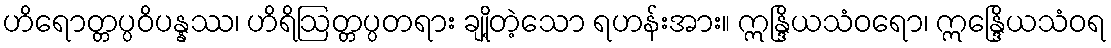
ဟိရောတ္တပ္ပဝိပန္နဿ၊ ဟိရိဩတ္တပ္ပတရား ချို့တဲ့သော ရဟန်းအား။ ဣန္ဒြိယသံဝရော၊ ဣန္ဒြေိယသံဝရ